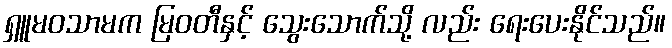
ရှူမဝသာမက မြဝတီနှင့် သွေးသောက်သို့ လည်း ရေးပေးနိုင်သည်။